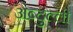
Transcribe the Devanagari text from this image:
अब्दुल्ली